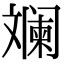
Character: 斓